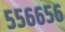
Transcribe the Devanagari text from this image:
५५६६५६